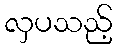
လှပသည့်